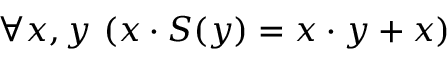
\forall x , y \ ( x \cdot S ( y ) = x \cdot y + x )